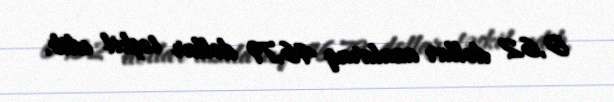
0,62 dollar azalaraq 46,79 dollar təşkil edib.